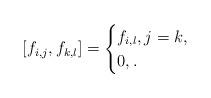
LaTeX: \begin{align*}[f_{i,j},f_{k,l}]=\begin{cases}f_{i,l},j=k,\\0, . \end{cases}\end{align*}